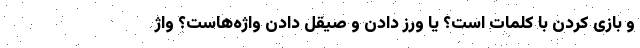
و بازی کردن با کلمات است؟ یا ورز دادن و صیقل دادنِ واژه‌هاست؟ واژ